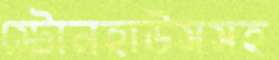
স্টোনহাউসসহ